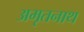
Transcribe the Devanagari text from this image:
अमृतनाथ